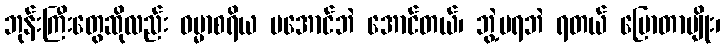
ဘုန်းကြီးတွေဆိုလည်း ဓမ္မာစရိယ မအောင်ဘဲ အောင်တယ်၊ ဘွဲ့မရဘဲ ရတယ် ပြောတာမျိုး၊